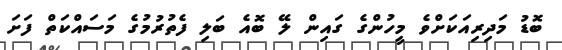
ބޮޑު މަދިރިއަކަށްވެ މީހުންގެ ގައިން ލޭ ބޮއެ ބަލި ފެތުރުމުގެ މަސައްކަތް ފަށަ